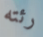
رئته